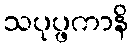
သပုပ္ဖကာနိ